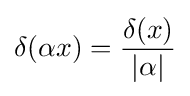
\delta (\alpha x)={\frac {\delta (x)}{|\alpha |}}